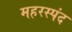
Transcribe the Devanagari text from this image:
महरस्पंद